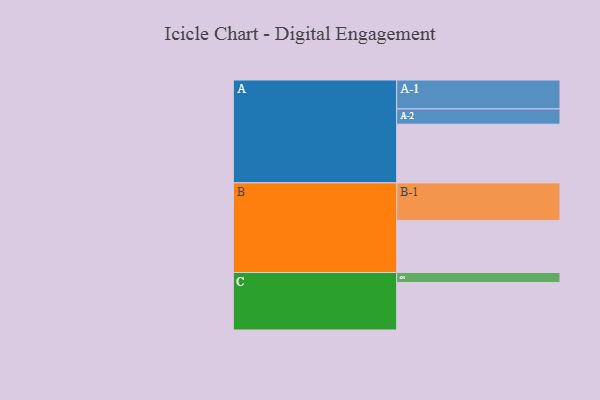
{"axis": {"x": "Segment", "y": "Value"}, "legend": ["", "A", "B", "C"], "data": [{"x": "A", "y": 438, "type": ""}, {"x": "B", "y": 389, "type": ""}, {"x": "C", "y": 355, "type": ""}, {"x": "A-1", "y": 216, "type": "A"}, {"x": "A-2", "y": 114, "type": "A"}, {"x": "B-1", "y": 280, "type": "B"}, {"x": "C-1", "y": 74, "type": "C"}]}